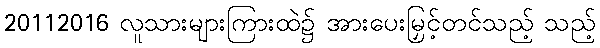
20112016 လူသားများကြားထဲ၌ အားပေးမြှင့်တင်သည့် သည့်